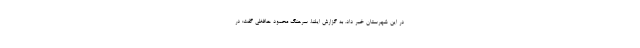
در این شهرستان خبر داد. به گزارش ایلنا، سرهنگ محمود حافظی گفت: در